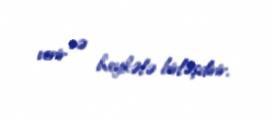
verir və heykələ birləşdirir.